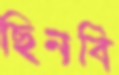
ছিনবি